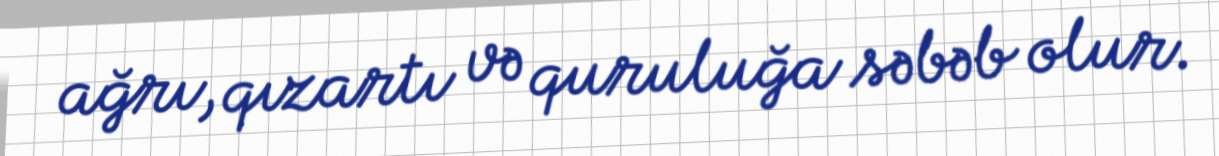
ağrı, qızartı və quruluğa səbəb olur.